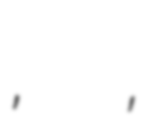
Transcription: Труд, земля и море,